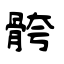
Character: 骻